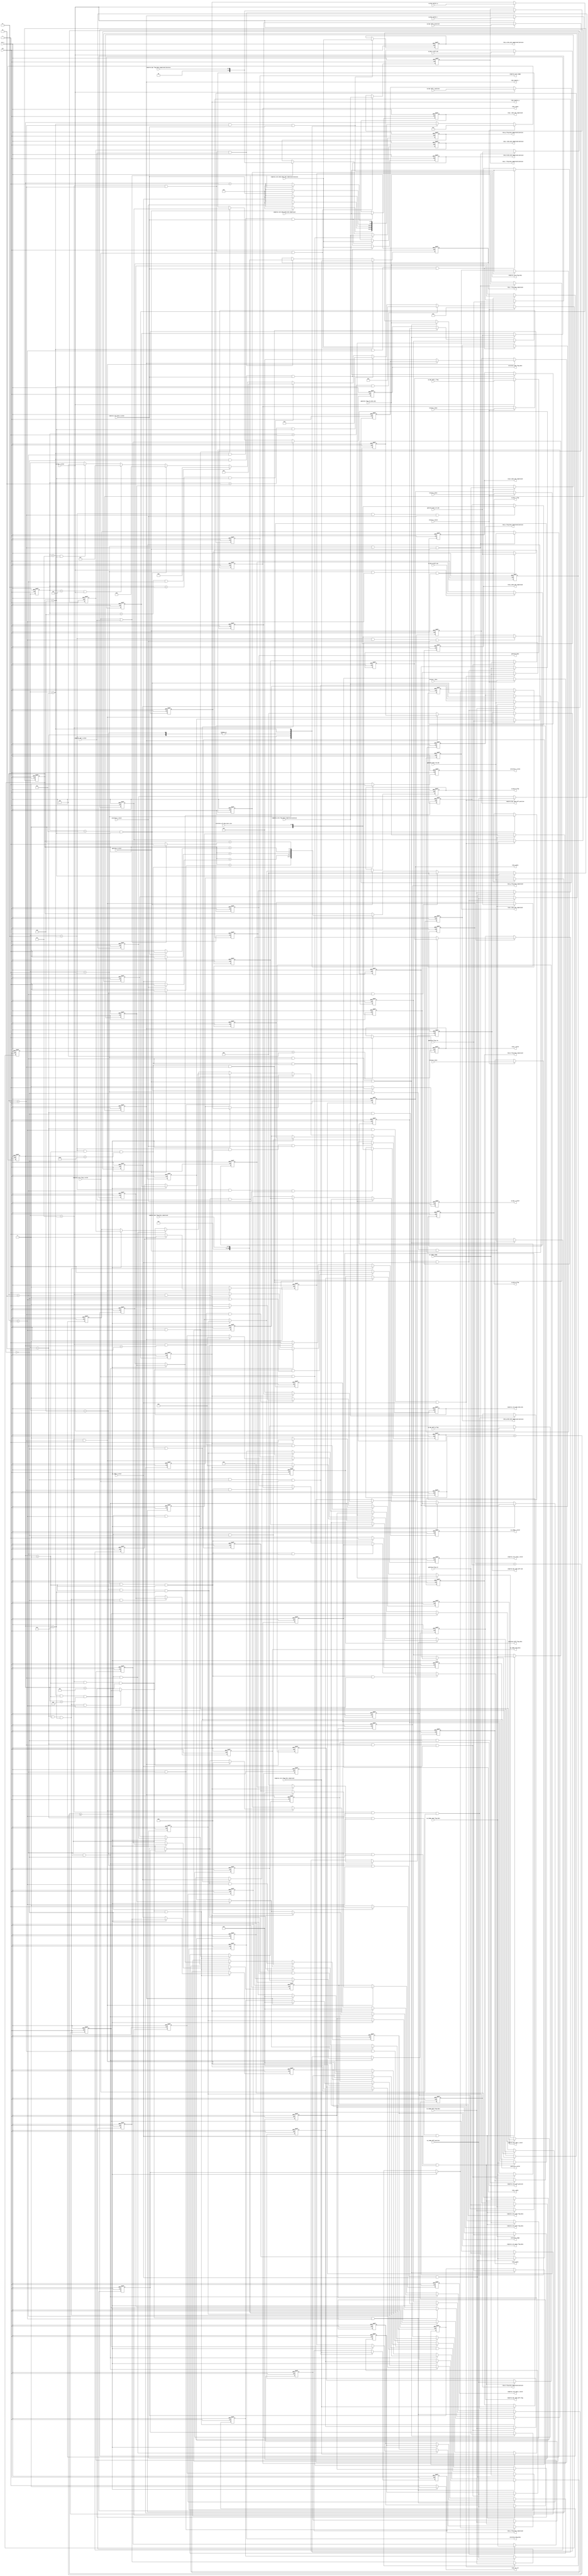
`timescale 1ns / 1ps

module compress_control#
(	parameter TILE_SIZE = 4'd8
)
(
input												clk,
input												rst_n,

//compress_receive
input												receive_o_valid,
input	[8*TILE_SIZE*TILE_SIZE - 1 : 0]				receive_b_data,
input	[8*TILE_SIZE*TILE_SIZE - 1 : 0]				receive_g_data,
input	[8*TILE_SIZE*TILE_SIZE - 1 : 0]				receive_r_data,
input	[8*TILE_SIZE*TILE_SIZE - 1 : 0]				receive_a_data,

//generate_data_abs
output reg	[8*TILE_SIZE*TILE_SIZE - 1 : 0]			generate_data,
output reg											generate_i_valid,

input	[8*TILE_SIZE*TILE_SIZE - 1 : 0]				generate_data_row_abs,
input	[8*TILE_SIZE*TILE_SIZE - 1 : 0]				generate_data_col_abs,
input	[3*TILE_SIZE*TILE_SIZE - 1 : 0]				generate_flag_row_data_abs,
input	[3*TILE_SIZE*TILE_SIZE - 1 : 0]				generate_flag_row,
input	[3*TILE_SIZE*TILE_SIZE - 1 : 0]				generate_flag_col,
input												generate_o_valid,

//compare_judge
output reg	[3*TILE_SIZE*TILE_SIZE - 1 : 0]			cp_judge_flag_data,
output reg											cp_judge_i_valid,

input	[2*TILE_SIZE - 1 : 0]						cp_judge_judge,
input	[3*TILE_SIZE - 1 : 0]						cp_judge_diff_position,
input	[3*TILE_SIZE - 1 : 0]						cp_judge_diff_flag_data,
input	[3*TILE_SIZE - 1 : 0]						cp_judge_same_flag_data,
input												cp_judge_o_valid,

//calculate_size
output reg											calculate_i_valid,
output reg	[3*TILE_SIZE*TILE_SIZE - 1 : 0]			calculate_flag_data,
output reg	[2*TILE_SIZE - 1 : 0]					calculate_judge,
output reg	[3*TILE_SIZE - 1 : 0]					calculate_diff_flag_data,
output reg	[3*TILE_SIZE - 1 : 0]					calculate_same_flag_data,

input												calculate_o_valid,
input	[6 : 0]										calculate_all_data_byte_size,

//compress_core_data
output reg											compress_core_data_i_valid,  
output reg	[8*TILE_SIZE*TILE_SIZE - 1 : 0]			compress_core_data_data_abs,
output reg	[3*TILE_SIZE*TILE_SIZE - 1 : 0]			compress_core_data_flag_data,

input	[8*TILE_SIZE*TILE_SIZE - 1 : 0]				compress_core_data_data_abs_compressed,
input	[5 : 0]										compress_core_data_data_abs_compressed_bytesize,
input												compress_core_data_o_valid,

//compress_core_flag
output reg											compress_core_flag_i_valid,
output reg	[3*TILE_SIZE*TILE_SIZE - 1 : 0]			compress_core_flag_data,
output reg	[2*TILE_SIZE - 1 : 0]					compress_core_judge,
output reg	[3*TILE_SIZE - 1 : 0]					compress_core_diff_position,
output reg	[3*TILE_SIZE - 1 : 0]					compress_core_diff_flag_data,
output reg	[3*TILE_SIZE - 1 : 0]					compress_core_same_flag_data,

input	[(5*TILE_SIZE + 2)*TILE_SIZE - 1 : 0]		compress_core_flag_data_compressed,
input	[5 : 0]										compress_core_flag_data_compressed_bytesize,
input												compress_core_flag_o_valid,

//compare_bgr
output reg											cp_bgr_i_valid,
output reg	[3*TILE_SIZE*TILE_SIZE - 1 : 0]			cp_bgr_b_flag,
output reg	[3*TILE_SIZE*TILE_SIZE - 1 : 0]			cp_bgr_g_flag,
output reg	[3*TILE_SIZE*TILE_SIZE - 1 : 0]			cp_bgr_r_flag,

input	[6*7 - 1 : 0]								cp_bgr_diff_g_position,
input	[3*7 - 1 : 0]								cp_bgr_diff_g_flag,
input	[6*7 - 1 : 0]								cp_bgr_diff_r_position,
input	[3*7 - 1 : 0]								cp_bgr_diff_r_flag,
input	[2 : 0]										cp_bgr_g_diff_num,
input	[2 : 0]										cp_bgr_r_diff_num,
input												cp_bgr_similar_g,
input												cp_bgr_similar_r,
input												cp_bgr_o_valid,

//compress_core_flag_bgr_same
output reg											compress_bgr_same_i_valid,
output reg	[6*7 - 1 : 0]							compress_bgr_same_diff_position,
output reg	[3*7 - 1 : 0]							compress_bgr_same_diff_flag,
output reg	[2 : 0]									compress_bgr_same_diff_num,

input	[76 : 0]									compress_bgr_flag_data_compressed,
input	[3 : 0]										compress_bgr_flag_data_compressed_bytesize,
input												compress_bgr_o_valid,

//tidy_data
output reg											tidy_i_valid,
output reg											tidy_similar_g,
output reg											tidy_similar_r,
output reg											tidy_row_col,
output reg	[8*TILE_SIZE*TILE_SIZE - 1 : 0]			tidy_b_data_abs_compressed,
output reg	[5 : 0]									tidy_b_data_abs_compressed_bytesize,
output reg	[8*TILE_SIZE*TILE_SIZE - 1 : 0]			tidy_g_data_abs_compressed,
output reg	[5 : 0]									tidy_g_data_abs_compressed_bytesize,
output reg	[8*TILE_SIZE*TILE_SIZE - 1 : 0]			tidy_r_data_abs_compressed,
output reg	[5 : 0]									tidy_r_data_abs_compressed_bytesize,
output reg	[8*TILE_SIZE*TILE_SIZE - 1 : 0]			tidy_a_data_abs_compressed,
output reg	[5 : 0]									tidy_a_data_abs_compressed_bytesize,
output reg	[(5*TILE_SIZE + 2)*TILE_SIZE - 1 : 0]	tidy_b_flag_data_compressed,
output reg	[5 : 0]									tidy_b_flag_data_compressed_bytesize,
output reg	[(5*TILE_SIZE + 2)*TILE_SIZE - 1 : 0]	tidy_g_flag_data_compressed,
output reg	[5 : 0]									tidy_g_flag_data_compressed_bytesize,
output reg	[(5*TILE_SIZE + 2)*TILE_SIZE - 1 : 0]	tidy_r_flag_data_compressed,
output reg	[5 : 0]									tidy_r_flag_data_compressed_bytesize,
output reg	[(5*TILE_SIZE + 2)*TILE_SIZE - 1 : 0]	tidy_a_flag_data_compressed,
output reg	[5 : 0]									tidy_a_flag_data_compressed_bytesize,
output reg	[8*TILE_SIZE*TILE_SIZE - 1 : 0]			tidy_b_data,//Receive-data
output reg	[8*TILE_SIZE*TILE_SIZE - 1 : 0]			tidy_g_data,
output reg	[8*TILE_SIZE*TILE_SIZE - 1 : 0]			tidy_r_data,
output reg	[8*TILE_SIZE*TILE_SIZE - 1 : 0]			tidy_a_data
);

reg	[3 : 0]	state, next_state, pre_state;
parameter IDLE      = 4'd0;
parameter GENERATE  = 4'd1;
parameter JUDGE_AB  = 4'd2;
parameter CALCULATE = 4'd3;
parameter JUDGE_GR  = 4'd4;
parameter COMP_DATA = 4'd5;
parameter CP_BGR    = 4'd6;
parameter COMP_FLAG = 4'd7;
parameter TIDY      = 4'd8;

reg	[2 : 0]							cnt;
reg	[4 : 0]							cnt_valid;

//generate data
reg	[8*TILE_SIZE*TILE_SIZE - 1 : 0]	b_data_row_abs;
reg	[8*TILE_SIZE*TILE_SIZE - 1 : 0]	b_data_col_abs;
reg	[3*TILE_SIZE*TILE_SIZE - 1 : 0]	b_flag_row_data_abs;
reg	[3*TILE_SIZE*TILE_SIZE - 1 : 0]	b_flag_row;
reg	[3*TILE_SIZE*TILE_SIZE - 1 : 0]	b_flag_col;

reg	[8*TILE_SIZE*TILE_SIZE - 1 : 0]	g_data_row_abs;
reg	[8*TILE_SIZE*TILE_SIZE - 1 : 0]	g_data_col_abs;
reg	[3*TILE_SIZE*TILE_SIZE - 1 : 0]	g_flag_row_data_abs;
reg	[3*TILE_SIZE*TILE_SIZE - 1 : 0]	g_flag_row;
reg	[3*TILE_SIZE*TILE_SIZE - 1 : 0]	g_flag_col;

reg	[8*TILE_SIZE*TILE_SIZE - 1 : 0]	r_data_row_abs;
reg	[8*TILE_SIZE*TILE_SIZE - 1 : 0]	r_data_col_abs;
reg	[3*TILE_SIZE*TILE_SIZE - 1 : 0]	r_flag_row_data_abs;
reg	[3*TILE_SIZE*TILE_SIZE - 1 : 0]	r_flag_row;
reg	[3*TILE_SIZE*TILE_SIZE - 1 : 0]	r_flag_col;

reg	[8*TILE_SIZE*TILE_SIZE - 1 : 0]	a_data_row_abs;
reg	[8*TILE_SIZE*TILE_SIZE - 1 : 0]	a_data_col_abs;
reg	[3*TILE_SIZE*TILE_SIZE - 1 : 0]	a_flag_row_data_abs;
reg	[3*TILE_SIZE*TILE_SIZE - 1 : 0]	a_flag_row;
reg	[3*TILE_SIZE*TILE_SIZE - 1 : 0]	a_flag_col;

//judge_ab
reg	[15 : 0]						a_row_judge;
reg	[23 : 0]						a_row_diff_position;
reg	[23 : 0]						a_row_diff_flag_data;
reg	[23 : 0]						a_row_same_flag_data;

reg	[15 : 0]						a_col_judge;
reg	[23 : 0]						a_col_diff_position;
reg	[23 : 0]						a_col_diff_flag_data;
reg	[23 : 0]						a_col_same_flag_data;

reg	[15 : 0]						b_row_judge;
reg	[23 : 0]						b_row_diff_position;
reg	[23 : 0]						b_row_diff_flag_data;
reg	[23 : 0]						b_row_same_flag_data;

reg	[15 : 0]						b_col_judge;
reg	[23 : 0]						b_col_diff_position;
reg	[23 : 0]						b_col_diff_flag_data;
reg	[23 : 0]						b_col_same_flag_data;

//calculate_size
reg	[7 : 0]							a_row_all_data_byte_size;
reg	[7 : 0]							a_col_all_data_byte_size;
reg	[7 : 0]							b_row_all_data_byte_size;
reg	[7 : 0]							b_col_all_data_byte_size;

//reg row_col;

//judge_gr
reg	[15 : 0]						g_judge;
reg	[23 : 0]						g_diff_position;
reg	[23 : 0]						g_diff_flag_data;
reg	[23 : 0]						g_same_flag_data;

reg	[15 : 0]						r_judge;
reg	[23 : 0]						r_diff_position;
reg	[23 : 0]						r_diff_flag_data;
reg	[23 : 0]						r_same_flag_data;

//cp_bgr
reg	[6*7 - 1 : 0]					diff_g_position;
reg	[3*7 - 1 : 0]					diff_g_flag;
reg	[6*7 - 1 : 0]					diff_r_position;
reg	[3*7 - 1 : 0]					diff_r_flag;
reg	[2 : 0]							g_diff_num;
reg	[2 : 0]							r_diff_num;

always @(*)
begin
	tidy_row_col <= ((a_row_all_data_byte_size + b_row_all_data_byte_size) >= (a_col_all_data_byte_size + b_col_all_data_byte_size)) ? 1'b0 : 1'b1;
end

always @(negedge rst_n or posedge clk)
begin
	if(!rst_n)
	begin
		pre_state <= IDLE;
	end
	else
	begin
		pre_state <= state;
	end
end

always @(negedge rst_n or posedge clk)
begin
	if(!rst_n)
	begin
		state <= IDLE;
	end
	else if(receive_o_valid)
	begin
		state <= GENERATE;
	end
	else if(pre_state == GENERATE && cnt == 3'd4)
	begin
		state <= JUDGE_AB;
	end
	else if(pre_state == JUDGE_AB && cnt == 3'd4)
	begin
		state <= CALCULATE;
	end
	else if(pre_state == CALCULATE && cnt == 3'd4)
	begin
		state <= JUDGE_GR;
	end
	else if(pre_state == JUDGE_GR && cnt == 3'd2)
	begin
		state <= COMP_DATA;
	end
	else if(pre_state == COMP_DATA && cnt == 3'd4)
	begin
		state <= CP_BGR;
	end
	else if(pre_state == CP_BGR && cp_bgr_o_valid)
	begin
		state <= COMP_FLAG;
	end
	else if(pre_state == COMP_FLAG && cnt == 3'd4)
	begin
		state <= TIDY;
	end
	else 
	begin
		
	end
end

always @(negedge rst_n or posedge clk)
begin
	if(!rst_n)
	begin
		cnt <= 3'd0;
	end
	else if(cnt == 3'd4)
	begin
		cnt <= 3'd0;
	end
	else if(state == JUDGE_GR && cnt == 3'd2)
	begin
		cnt <= 3'd0;
	end
	else
	begin
		case(state)
		GENERATE:
		begin
			cnt <= cnt + (generate_o_valid ? 1'b1 : 1'b0);
		end
		JUDGE_AB:
		begin
			cnt <= cnt + (cp_judge_o_valid ? 1'b1 : 1'b0);
		end
		CALCULATE:
		begin
			cnt <= cnt + (calculate_o_valid ? 1'b1 : 1'b0);
		end
		JUDGE_GR:
		begin
			cnt <= cnt + (cp_judge_o_valid ? 1'b1 : 1'b0);
		end
		COMP_DATA:
		begin
			cnt <= cnt + (compress_core_data_o_valid ? 1'b1 : 1'b0);
		end
		COMP_FLAG:
		begin
			cnt <= cnt + ((compress_core_flag_o_valid || compress_bgr_o_valid) ? 1'b1 : 1'b0);
		end
		default:
		begin
			
		end
		endcase
	end
end

always @(negedge rst_n or posedge clk)
begin
	if(!rst_n)
	begin
		cnt_valid <= 5'd0;
	end
	else if(receive_o_valid)
	begin
		cnt_valid <= 5'd1;
	end
	else
	begin
		case(state)
		GENERATE:
		begin
			cnt_valid <= generate_o_valid ? 5'd0 : (cnt_valid + 1'b1);
		end
		JUDGE_AB:
		begin
			cnt_valid <= cp_judge_o_valid ? 5'd0 : (cnt_valid + 1'b1);
		end
		CALCULATE:
		begin
			cnt_valid <= calculate_o_valid ? 5'd0 : (cnt_valid + 1'b1);
		end
		JUDGE_GR:
		begin
			cnt_valid <= cp_judge_o_valid ? 5'd0 : (cnt_valid + 1'b1);
		end
		COMP_DATA:
		begin
			cnt_valid <= compress_core_data_o_valid ? 5'd0 : (cnt_valid + 1'b1);
		end
		COMP_FLAG:
		begin
			cnt_valid <= (compress_core_flag_o_valid || compress_bgr_o_valid) ? 5'd0 : (cnt_valid + 1'b1);
		end
		default:
		begin
			
		end
		endcase
	end
end

//receive_data

always @(negedge rst_n or posedge clk)
begin
	if(!rst_n)
	begin
		tidy_b_data <= 512'b0;
		tidy_g_data <= 512'b0;
		tidy_r_data <= 512'b0;
		tidy_a_data <= 512'b0;
	end
	else if(receive_o_valid)
	begin
		tidy_b_data <= receive_b_data;
		tidy_g_data <= receive_g_data;
		tidy_r_data <= receive_r_data;
		tidy_a_data <= receive_a_data;
	end
	else 
	begin
		
	end
end

//generate_data_abs

always @(negedge rst_n or posedge clk)
begin
	if(!rst_n)
	begin
		generate_i_valid <= 1'b0;
	end
	else if(state == GENERATE && cnt_valid > 4'd0 && cnt_valid < 4'd10)
	begin
		generate_i_valid <= 1'b1;
	end
	else 
	begin
		generate_i_valid <= 1'b0;
	end
end

always @(negedge rst_n or posedge clk)
begin
	if(!rst_n)
	begin
		generate_data <= 512'b0;
	end
	else if(state == GENERATE && cnt_valid > 4'd0 && cnt_valid < 4'd10 && cnt == 3'd0)
	begin
		generate_data <= tidy_b_data;
	end
	else if(state == GENERATE && cnt_valid > 4'd0 && cnt_valid < 4'd10 && cnt == 3'd1)
	begin
		generate_data <= tidy_g_data;
	end
	else if(state == GENERATE && cnt_valid > 4'd0 && cnt_valid < 4'd10 && cnt == 3'd2)
	begin
		generate_data <= tidy_r_data;
	end
	else if(state == GENERATE && cnt_valid > 4'd0 && cnt_valid < 4'd10 && cnt == 3'd3)
	begin
		generate_data <= tidy_a_data;
	end
	else
	begin
		
	end
end

always @(negedge rst_n or posedge clk)
begin
	if(!rst_n)
	begin
		b_data_row_abs      <= 512'b0;
		b_data_col_abs      <= 512'b0;
		b_flag_row_data_abs <= 192'b0;
		b_flag_row          <= 192'b0;
		b_flag_col          <= 192'b0;
	end
	else if(state == GENERATE && cnt == 1'b0 && generate_o_valid)
	begin
		b_data_row_abs      <= generate_data_row_abs;
		b_data_col_abs      <= generate_data_col_abs;
		b_flag_row_data_abs <= generate_flag_row_data_abs;
		b_flag_row          <= generate_flag_row;
		b_flag_col          <= generate_flag_col;
	end
	else 
	begin
		
	end
end

always @(negedge rst_n or posedge clk)
begin
	if(!rst_n)
	begin
		g_data_row_abs      <= 512'b0;
		g_data_col_abs      <= 512'b0;
		g_flag_row_data_abs <= 192'b0;
		g_flag_row          <= 192'b0;
		g_flag_col          <= 192'b0;
	end
	else if(state == GENERATE && cnt == 1'b1 && generate_o_valid)
	begin
		g_data_row_abs      <= generate_data_row_abs;
		g_data_col_abs      <= generate_data_col_abs;
		g_flag_row_data_abs <= generate_flag_row_data_abs;
		g_flag_row          <= generate_flag_row;
		g_flag_col          <= generate_flag_col;
	end
	else 
	begin
		
	end
end

always @(negedge rst_n or posedge clk)
begin
	if(!rst_n)
	begin
		r_data_row_abs      <= 512'b0;
		r_data_col_abs      <= 512'b0;
		r_flag_row_data_abs <= 192'b0;
		r_flag_row          <= 192'b0;
		r_flag_col          <= 192'b0;
	end
	else if(state == GENERATE && cnt == 3'd2 && generate_o_valid)
	begin
		r_data_row_abs      <= generate_data_row_abs;
		r_data_col_abs      <= generate_data_col_abs;
		r_flag_row_data_abs <= generate_flag_row_data_abs;
		r_flag_row          <= generate_flag_row;
		r_flag_col          <= generate_flag_col;
	end
	else 
	begin
		
	end
end

always @(negedge rst_n or posedge clk)
begin
	if(!rst_n)
	begin
		a_data_row_abs      <= 512'b0;
		a_data_col_abs      <= 512'b0;
		a_flag_row_data_abs <= 192'b0;
		a_flag_row          <= 192'b0;
		a_flag_col          <= 192'b0;
	end
	else if(state == GENERATE && cnt == 3'd3 && generate_o_valid)
	begin
		a_data_row_abs      <= generate_data_row_abs;
		a_data_col_abs      <= generate_data_col_abs;
		a_flag_row_data_abs <= generate_flag_row_data_abs;
		a_flag_row          <= generate_flag_row;
		a_flag_col          <= generate_flag_col;
	end
	else 
	begin
		
	end
end

//compare_judge
always @(negedge rst_n or posedge clk)
begin
	if(!rst_n)
	begin
		cp_judge_i_valid <= 1'b0;
	end
	else if(state == JUDGE_AB && cnt_valid > 4'd0 && cnt_valid < 4'd10)
	begin
		cp_judge_i_valid <= 1'b1;
	end
	else if(state == JUDGE_GR && cnt_valid > 4'd0 && cnt_valid < 4'd10)
	begin
		cp_judge_i_valid <= 1'b1;
	end
	else
	begin
		cp_judge_i_valid <= 1'b0;
	end
end

always @(negedge rst_n or posedge clk)
begin
	if(!rst_n)
	begin
		cp_judge_flag_data <= 192'b0;
	end
	else if(state == JUDGE_AB && cnt_valid > 4'd0 && cnt_valid < 4'd10 && cnt == 3'd0)
	begin
		cp_judge_flag_data <= a_flag_row;
	end
	else if(state == JUDGE_AB && cnt_valid > 4'd0 && cnt_valid < 4'd10 && cnt == 3'd1)
	begin
		cp_judge_flag_data <= a_flag_col;
	end
	else if(state == JUDGE_AB && cnt_valid > 4'd0 && cnt_valid < 4'd10 && cnt == 3'd2)
	begin
		cp_judge_flag_data <= b_flag_row;
	end
	else if(state == JUDGE_AB && cnt_valid > 4'd0 && cnt_valid < 4'd10 && cnt == 3'd3)
	begin
		cp_judge_flag_data <= b_flag_col;
	end
	else if(state == JUDGE_GR && cnt_valid > 4'd0 && cnt_valid < 4'd10 && cnt == 3'd0)
	begin
		cp_judge_flag_data <= tidy_row_col ? g_flag_row : g_flag_col;
	end
	else if(state == JUDGE_GR && cnt_valid > 4'd0 && cnt_valid < 4'd10 && cnt == 3'd1)
	begin
		cp_judge_flag_data <= tidy_row_col ? r_flag_row : r_flag_col;
	end
	else
	begin
		
	end
end

always @(negedge rst_n or posedge clk)
begin
	if(!rst_n)
	begin
		a_row_judge <= 16'b0;
		a_row_diff_position <= 24'b0;
		a_row_diff_flag_data <= 24'b0;
		a_row_same_flag_data <= 24'b0;
	end
	else if(state == JUDGE_AB && cnt == 1'b0 && cp_judge_o_valid)
	begin
		a_row_judge          <= cp_judge_judge;
		a_row_diff_position  <= cp_judge_diff_position;
		a_row_diff_flag_data <= cp_judge_diff_flag_data;
		a_row_same_flag_data <= cp_judge_same_flag_data;
	end
	else
	begin
		
	end
end

always @(negedge rst_n or posedge clk)
begin
	if(!rst_n)
	begin
		a_col_judge <= 16'b0;
		a_col_diff_position <= 24'b0;
		a_col_diff_flag_data <= 24'b0;
		a_col_same_flag_data <= 24'b0;
	end
	else if(state == JUDGE_AB && cnt == 1'b1 && cp_judge_o_valid)
	begin
		a_col_judge          <= cp_judge_judge;
		a_col_diff_position  <= cp_judge_diff_position;
		a_col_diff_flag_data <= cp_judge_diff_flag_data;
		a_col_same_flag_data <= cp_judge_same_flag_data;
	end
	else
	begin
		
	end
end

always @(negedge rst_n or posedge clk)
begin
	if(!rst_n)
	begin
		b_row_judge <= 16'b0;
		b_row_diff_position <= 24'b0;
		b_row_diff_flag_data <= 24'b0;
		b_row_same_flag_data <= 24'b0;
	end
	else if(state == JUDGE_AB && cnt == 3'd2 && cp_judge_o_valid)
	begin
		b_row_judge          <= cp_judge_judge;
		b_row_diff_position  <= cp_judge_diff_position;
		b_row_diff_flag_data <= cp_judge_diff_flag_data;
		b_row_same_flag_data <= cp_judge_same_flag_data;
	end
	else
	begin
		
	end
end

always @(negedge rst_n or posedge clk)
begin
	if(!rst_n)
	begin
		b_col_judge <= 16'b0;
		b_col_diff_position <= 24'b0;
		b_col_diff_flag_data <= 24'b0;
		b_col_same_flag_data <= 24'b0;
	end
	else if(state == JUDGE_AB && cnt == 3'd3 && cp_judge_o_valid)
	begin
		b_col_judge          <= cp_judge_judge;
		b_col_diff_position  <= cp_judge_diff_position;
		b_col_diff_flag_data <= cp_judge_diff_flag_data;
		b_col_same_flag_data <= cp_judge_same_flag_data;
	end
	else
	begin
		
	end
end

always @(negedge rst_n or posedge clk)
begin
	if(!rst_n)
	begin
		g_judge <= 16'b0;
		g_diff_position <= 24'b0;
		g_diff_flag_data <= 24'b0;
		g_same_flag_data <= 24'b0;
	end
	else if(state == JUDGE_GR && cnt == 3'd0 && cp_judge_o_valid)
	begin
		g_judge          <= cp_judge_judge;
		g_diff_position  <= cp_judge_diff_position;
		g_diff_flag_data <= cp_judge_diff_flag_data;
		g_same_flag_data <= cp_judge_same_flag_data;
	end
	else
	begin
		
	end
end

always @(negedge rst_n or posedge clk)
begin
	if(!rst_n)
	begin
		r_judge <= 16'b0;
		r_diff_position <= 24'b0;
		r_diff_flag_data <= 24'b0;
		r_same_flag_data <= 24'b0;
	end
	else if(state == JUDGE_GR && cnt == 3'd1 && cp_judge_o_valid)
	begin
		r_judge          <= cp_judge_judge;
		r_diff_position  <= cp_judge_diff_position;
		r_diff_flag_data <= cp_judge_diff_flag_data;
		r_same_flag_data <= cp_judge_same_flag_data;
	end
	else
	begin
		
	end
end

//calculate_size
always @(negedge rst_n or posedge clk)
begin
	if(!rst_n)
	begin
		calculate_i_valid <= 1'b0;
	end
	else if(state == CALCULATE && cnt_valid > 4'd0 && cnt_valid < 5'd16)
	begin
		calculate_i_valid <= 1'b1;
	end
	else
	begin
		calculate_i_valid <= 1'b0;
	end
end

always @(negedge rst_n or posedge clk)
begin
	if(!rst_n)
	begin
		calculate_flag_data <= 1'b0;
		calculate_judge <= 1'b0;
		calculate_diff_flag_data <= 1'b0;
		calculate_same_flag_data <= 1'b0;
	end
	else if(state == CALCULATE && cnt_valid > 4'd0 && cnt_valid < 5'd16 && cnt == 3'd0)
	begin
		calculate_flag_data      <= a_flag_row;
		calculate_judge          <= a_row_judge;
		calculate_diff_flag_data <= a_row_diff_flag_data;
		calculate_same_flag_data <= a_row_same_flag_data;
	end
	else if(state == CALCULATE && cnt_valid > 4'd0 && cnt_valid < 5'd16 && cnt == 3'd1)
	begin
		calculate_flag_data      <= a_flag_col;
		calculate_judge          <= a_col_judge;
		calculate_diff_flag_data <= a_col_diff_flag_data;
		calculate_same_flag_data <= a_col_same_flag_data;
	end
	else if(state == CALCULATE && cnt_valid > 4'd0 && cnt_valid < 5'd16 && cnt == 3'd2)
	begin
		calculate_flag_data      <= b_flag_row;
		calculate_judge          <= b_row_judge;
		calculate_diff_flag_data <= b_row_diff_flag_data;
		calculate_same_flag_data <= b_row_same_flag_data;
	end
	else if(state == CALCULATE && cnt_valid > 4'd0 && cnt_valid < 5'd16 && cnt == 3'd3)
	begin
		calculate_flag_data      <= b_flag_col;
		calculate_judge          <= b_col_judge;
		calculate_diff_flag_data <= b_col_diff_flag_data;
		calculate_same_flag_data <= b_col_same_flag_data;
	end
	else
	begin
		
	end
end

always @(negedge rst_n or posedge clk)
begin
	if(!rst_n)
	begin
		a_row_all_data_byte_size <= 7'b0;
	end
	else if(state == CALCULATE && cnt == 3'd0 && calculate_o_valid)
	begin
		a_row_all_data_byte_size <= calculate_all_data_byte_size;
	end
	else
	begin
		
	end
end

always @(negedge rst_n or posedge clk)
begin
	if(!rst_n)
	begin
		a_col_all_data_byte_size <= 7'b0;
	end
	else if(state == CALCULATE && cnt == 3'd1 && calculate_o_valid)
	begin
		a_col_all_data_byte_size <= calculate_all_data_byte_size;
	end
	else
	begin
		
	end
end

always @(negedge rst_n or posedge clk)
begin
	if(!rst_n)
	begin
		b_row_all_data_byte_size <= 7'b0;
	end
	else if(state == CALCULATE && cnt == 3'd2 && calculate_o_valid)
	begin
		b_row_all_data_byte_size <= calculate_all_data_byte_size;
	end
	else
	begin
		
	end
end

always @(negedge rst_n or posedge clk)
begin
	if(!rst_n)
	begin
		b_col_all_data_byte_size <= 7'b0;
	end
	else if(state == CALCULATE && cnt == 3'd3 && calculate_o_valid)
	begin
		b_col_all_data_byte_size <= calculate_all_data_byte_size;
	end
	else
	begin
		
	end
end

//compress_core_data
always @(negedge rst_n or posedge clk)
begin
	if(!rst_n)
	begin
		compress_core_data_i_valid <= 1'b0;
	end
	else if(state == COMP_DATA && cnt_valid > 4'd0 && cnt_valid < 4'd13)
	begin
		compress_core_data_i_valid <= 1'b1;
	end
	else
	begin
		compress_core_data_i_valid <= 1'b0;
	end
end

always @(negedge rst_n or posedge clk)
begin
	if(!rst_n)
	begin
		compress_core_data_data_abs <= 512'b0;
		compress_core_data_flag_data <= 192'b0;
	end
	else if(state == COMP_DATA && cnt_valid > 4'd0 && cnt_valid < 4'd13 && cnt == 3'd0)
	begin
		compress_core_data_data_abs  <= tidy_row_col ? b_data_row_abs : b_data_col_abs;
		compress_core_data_flag_data <= tidy_row_col ? b_flag_row_data_abs : b_flag_col;
	end
	else if(state == COMP_DATA && cnt_valid > 4'd0 && cnt_valid < 4'd13 && cnt == 3'd1)
	begin
		compress_core_data_data_abs  <= tidy_row_col ? g_data_row_abs : g_data_col_abs;
		compress_core_data_flag_data <= tidy_row_col ? g_flag_row_data_abs : g_flag_col;
	end
	else if(state == COMP_DATA && cnt_valid > 4'd0 && cnt_valid < 4'd13 && cnt == 3'd2)
	begin
		compress_core_data_data_abs  <= tidy_row_col ? r_data_row_abs : r_data_col_abs;
		compress_core_data_flag_data <= tidy_row_col ? r_flag_row_data_abs : r_flag_col;
	end
	else if(state == COMP_DATA && cnt_valid > 4'd0 && cnt_valid < 4'd13 && cnt == 3'd3)
	begin
		compress_core_data_data_abs  <= tidy_row_col ? a_data_row_abs : a_data_col_abs;
		compress_core_data_flag_data <= tidy_row_col ? a_flag_row_data_abs : a_flag_col;
	end
	else
	begin
		
	end
end

always @(negedge rst_n or posedge clk)
begin
	if(!rst_n)
	begin
		tidy_b_data_abs_compressed <= 512'b0;
		tidy_b_data_abs_compressed_bytesize <= 6'b0;
	end
	else if(state == COMP_DATA && cnt == 3'd0 && compress_core_data_o_valid)
	begin
		tidy_b_data_abs_compressed          <= compress_core_data_data_abs_compressed;
		tidy_b_data_abs_compressed_bytesize <= compress_core_data_data_abs_compressed_bytesize;
	end
	else
	begin
		
	end
end

always @(negedge rst_n or posedge clk)
begin
	if(!rst_n)
	begin
		tidy_g_data_abs_compressed <= 512'b0;
		tidy_g_data_abs_compressed_bytesize <= 6'b0;
	end
	else if(state == COMP_DATA && cnt == 3'd1 && compress_core_data_o_valid)
	begin
		tidy_g_data_abs_compressed          <= compress_core_data_data_abs_compressed;
		tidy_g_data_abs_compressed_bytesize <= compress_core_data_data_abs_compressed_bytesize;
	end
	else
	begin
		
	end
end

always @(negedge rst_n or posedge clk)
begin
	if(!rst_n)
	begin
		tidy_r_data_abs_compressed <= 512'b0;
		tidy_r_data_abs_compressed_bytesize <= 6'b0;
	end
	else if(state == COMP_DATA && cnt == 3'd2 && compress_core_data_o_valid)
	begin
		tidy_r_data_abs_compressed          <= compress_core_data_data_abs_compressed;
		tidy_r_data_abs_compressed_bytesize <= compress_core_data_data_abs_compressed_bytesize;
	end
	else
	begin
		
	end
end

always @(negedge rst_n or posedge clk)
begin
	if(!rst_n)
	begin
		tidy_a_data_abs_compressed <= 512'b0;
		tidy_a_data_abs_compressed_bytesize <= 6'b0;
	end
	else if(state == COMP_DATA && cnt == 3'd3 && compress_core_data_o_valid)
	begin
		tidy_a_data_abs_compressed          <= compress_core_data_data_abs_compressed;
		tidy_a_data_abs_compressed_bytesize <= compress_core_data_data_abs_compressed_bytesize;
	end
	else
	begin
		
	end
end

//compare_bgr
always @(negedge rst_n or posedge clk)
begin
	if(!rst_n)
	begin
		cp_bgr_i_valid <= 1'b0;
	end
	else if(pre_state == COMP_DATA && cnt == 3'd4)
	begin
		cp_bgr_i_valid <= 1'b1;
	end
	else
	begin
		cp_bgr_i_valid <= 1'b0;
	end
end

always @(negedge rst_n or posedge clk)
begin
	if(!rst_n)
	begin
		cp_bgr_b_flag <= 192'b0;
		cp_bgr_g_flag <= 192'b0;
		cp_bgr_r_flag <= 192'b0;
	end
	else if(pre_state == COMP_DATA && cnt == 3'd4)
	begin
		cp_bgr_b_flag <= tidy_row_col ? b_flag_row_data_abs : b_flag_col;
		cp_bgr_g_flag <= tidy_row_col ? g_flag_row_data_abs : g_flag_col;
		cp_bgr_r_flag <= tidy_row_col ? r_flag_row_data_abs : r_flag_col;
	end
	else
	begin
		
	end
end

always @(negedge rst_n or posedge clk)
begin
	if(!rst_n)
	begin
		diff_g_position <= 1'b0;
		diff_g_flag <= 1'b0;
		diff_r_position <= 1'b0;
		diff_r_flag <= 1'b0;
		g_diff_num <= 1'b0;
		r_diff_num <= 1'b0;
		tidy_similar_g <= 1'b0;
		tidy_similar_r <= 1'b0;
	end
	else if(cp_bgr_o_valid)
	begin
		diff_g_position <= cp_bgr_diff_g_position;
		diff_g_flag     <= cp_bgr_diff_g_flag    ;
		diff_r_position <= cp_bgr_diff_r_position;
		diff_r_flag     <= cp_bgr_diff_r_flag    ;
		g_diff_num      <= cp_bgr_g_diff_num     ;
		r_diff_num      <= cp_bgr_r_diff_num     ;
		tidy_similar_g  <= cp_bgr_similar_g 	 ;
		tidy_similar_r  <= cp_bgr_similar_r 	 ;
	end
	else
	begin
		
	end
end

//compress_flag
always @(negedge rst_n or posedge clk)
begin
	if(!rst_n)
	begin
		compress_core_flag_i_valid <= 1'b0;
	end
	else if(state == COMP_FLAG && cnt_valid > 4'd0 && cnt_valid < 4'd14 && (cnt == 3'd0 || cnt == 3'd1))
	begin
		compress_core_flag_i_valid <= 1'b1;
	end
	else if(state == COMP_FLAG && cnt_valid > 4'd0 && cnt_valid < 4'd14 && (cnt == 3'd2))
	begin
		compress_core_flag_i_valid <= tidy_similar_g ? 1'b0 : 1'b1;
	end
	else if(state == COMP_FLAG && cnt_valid > 4'd0 && cnt_valid < 4'd14 && (cnt == 3'd3))
	begin
		compress_core_flag_i_valid <= tidy_similar_r ? 1'b0 : 1'b1;
	end
	else
	begin
		compress_core_flag_i_valid <= 1'b0;
	end
end

always @(negedge rst_n or posedge clk)
begin
	if(!rst_n)
	begin
		compress_bgr_same_i_valid <= 1'b0;
	end
	else if(state == COMP_FLAG && cnt_valid == 1'b1 && (cnt == 3'd2))
	begin
		compress_bgr_same_i_valid <= tidy_similar_g ? 1'b1 : 1'b0;
	end
	else if(state == COMP_FLAG && cnt_valid == 1'b1 && (cnt == 3'd3))
	begin
		compress_bgr_same_i_valid <= tidy_similar_r ? 1'b1 : 1'b0;
	end
	else
	begin
		compress_bgr_same_i_valid <= 1'b0;
	end
end

always @(negedge rst_n or posedge clk)
begin
	if(!rst_n)
	begin
		compress_core_flag_data <= 1'b0;
		compress_core_judge <= 1'b0;
		compress_core_diff_position <= 1'b0;
		compress_core_diff_flag_data <= 1'b0;
		compress_core_same_flag_data <= 1'b0;
	end
	else if(state == COMP_FLAG && cnt_valid > 4'd0 && cnt_valid < 4'd14 && cnt == 3'd0)
	begin
		compress_core_flag_data      <= tidy_row_col ? a_flag_row : a_flag_col;
		compress_core_judge          <= tidy_row_col ? a_row_judge : a_col_judge;
		compress_core_diff_position  <= tidy_row_col ? a_row_diff_position : a_col_diff_position;
		compress_core_diff_flag_data <= tidy_row_col ? a_row_diff_flag_data : a_col_diff_flag_data;
		compress_core_same_flag_data <= tidy_row_col ? a_row_same_flag_data : a_col_same_flag_data;
	end
	else if(state == COMP_FLAG && cnt_valid > 4'd0 && cnt_valid < 4'd14 && cnt == 3'd1)
	begin
		compress_core_flag_data      <= tidy_row_col ? b_flag_row : b_flag_col;
		compress_core_judge          <= tidy_row_col ? b_row_judge : b_col_judge;
		compress_core_diff_position  <= tidy_row_col ? b_row_diff_position : b_col_diff_position;
		compress_core_diff_flag_data <= tidy_row_col ? b_row_diff_flag_data : b_col_diff_flag_data;
		compress_core_same_flag_data <= tidy_row_col ? b_row_same_flag_data : b_col_same_flag_data;
	end
	else if(state == COMP_FLAG && cnt_valid > 4'd0 && cnt_valid < 4'd14 && cnt == 3'd2)
	begin
		compress_core_flag_data      <= tidy_similar_g ? 1'b0 : (tidy_row_col ? g_flag_row : g_flag_col);
		compress_core_judge          <= tidy_similar_g ? 1'b0 : g_judge;
		compress_core_diff_position  <= tidy_similar_g ? 1'b0 : g_diff_position;
		compress_core_diff_flag_data <= tidy_similar_g ? 1'b0 : g_diff_flag_data;
		compress_core_same_flag_data <= tidy_similar_g ? 1'b0 : g_same_flag_data;
	end
	else if(state == COMP_FLAG && cnt_valid > 4'd0 && cnt_valid < 4'd14 && cnt == 3'd3)
	begin
		compress_core_flag_data      <= tidy_similar_r ? 1'b0 : (tidy_row_col ? r_flag_row : r_flag_col);
		compress_core_judge          <= tidy_similar_r ? 1'b0 : r_judge;
		compress_core_diff_position  <= tidy_similar_r ? 1'b0 : r_diff_position;
		compress_core_diff_flag_data <= tidy_similar_r ? 1'b0 : r_diff_flag_data;
		compress_core_same_flag_data <= tidy_similar_r ? 1'b0 : r_same_flag_data;
	end
	else
	begin
		
	end
end

always @(negedge rst_n or posedge clk)
begin
	if(!rst_n)
	begin
		compress_bgr_same_diff_position <= 1'b0;
		compress_bgr_same_diff_flag     <= 1'b0;
		compress_bgr_same_diff_num      <= 1'b0;
	end
	else if(state == COMP_FLAG && cnt_valid > 4'd0 && cnt_valid < 4'd14 && cnt == 3'd2)
	begin
		compress_bgr_same_diff_position  <= tidy_similar_g ? diff_g_position : 1'b0;
		compress_bgr_same_diff_flag      <= tidy_similar_g ? diff_g_flag     : 1'b0;
		compress_bgr_same_diff_num       <= tidy_similar_g ? g_diff_num      : 1'b0;
	end
	else if(state == COMP_FLAG && cnt_valid > 4'd0 && cnt_valid < 4'd14 && cnt == 3'd3)
	begin
		compress_bgr_same_diff_position  <= tidy_similar_r ? diff_r_position : 1'b0;
		compress_bgr_same_diff_flag      <= tidy_similar_r ? diff_r_flag     : 1'b0;
		compress_bgr_same_diff_num       <= tidy_similar_r ? r_diff_num      : 1'b0;
	end
	else
	begin
		
	end
end

always @(negedge rst_n or posedge clk)
begin
	if(!rst_n)
	begin
		tidy_a_flag_data_compressed <= 336'b0;
		tidy_a_flag_data_compressed_bytesize <= 6'b0;
	end
	else if(state == COMP_FLAG && cnt == 3'd0 && compress_core_flag_o_valid)
	begin
		tidy_a_flag_data_compressed          <= compress_core_flag_data_compressed;
		tidy_a_flag_data_compressed_bytesize <= compress_core_flag_data_compressed_bytesize;
	end
	else
	begin
		
	end
end

always @(negedge rst_n or posedge clk)
begin
	if(!rst_n)
	begin
		tidy_b_flag_data_compressed <= 336'b0;
		tidy_b_flag_data_compressed_bytesize <= 6'b0;
	end
	else if(state == COMP_FLAG && cnt == 3'd1 && compress_core_flag_o_valid)
	begin
		tidy_b_flag_data_compressed          <= compress_core_flag_data_compressed;
		tidy_b_flag_data_compressed_bytesize <= compress_core_flag_data_compressed_bytesize;
	end
	else
	begin
		
	end
end

always @(negedge rst_n or posedge clk)
begin
	if(!rst_n)
	begin
		tidy_g_flag_data_compressed <= 336'b0;
		tidy_g_flag_data_compressed_bytesize <= 6'b0;
	end
	else if(state == COMP_FLAG && cnt == 3'd2 && compress_core_flag_o_valid)
	begin
		tidy_g_flag_data_compressed          <= compress_core_flag_data_compressed;
		tidy_g_flag_data_compressed_bytesize <= compress_core_flag_data_compressed_bytesize;
	end
	else if(state == COMP_FLAG && cnt == 3'd2 && compress_bgr_o_valid)
	begin
		tidy_g_flag_data_compressed          <= compress_bgr_flag_data_compressed;
		tidy_g_flag_data_compressed_bytesize <= compress_bgr_flag_data_compressed_bytesize;
	end
	else
	begin
		
	end
end

always @(negedge rst_n or posedge clk)
begin
	if(!rst_n)
	begin
		tidy_r_flag_data_compressed <= 336'b0;
		tidy_r_flag_data_compressed_bytesize <= 6'b0;
	end
	else if(state == COMP_FLAG && cnt == 3'd3 && compress_core_flag_o_valid)
	begin
		tidy_r_flag_data_compressed          <= compress_core_flag_data_compressed;
		tidy_r_flag_data_compressed_bytesize <= compress_core_flag_data_compressed_bytesize;
	end
	else if(state == COMP_FLAG && cnt == 3'd3 && compress_bgr_o_valid)
	begin
		tidy_r_flag_data_compressed          <= compress_bgr_flag_data_compressed;
		tidy_r_flag_data_compressed_bytesize <= compress_bgr_flag_data_compressed_bytesize;
	end
	else
	begin
		
	end
end

//tidt_data
always @(negedge rst_n or posedge clk)
begin
	if(!rst_n)
	begin
		tidy_i_valid <= 1'b0;
	end
	else if(state == TIDY)
	begin
		tidy_i_valid <= 1'b1;
	end
end

endmodule